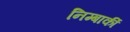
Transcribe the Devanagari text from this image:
निम्बार्की